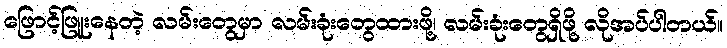
ဖြောင့်ဖြူးနေတဲ့ လမ်းတွေမှာ လမ်းခုံးတွေထားဖို့၊ လမ်းခုံးတွေရှိဖို့ လိုအပ်ပါတယ်။